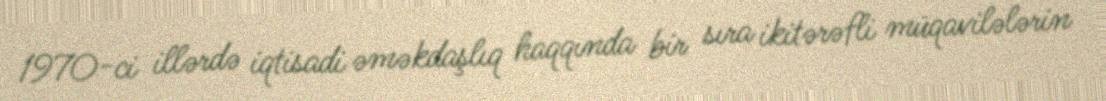
1970-ci illərdə iqtisadi əməkdaşlıq haqqında bir sıra ikitərəfli müqavilələrin